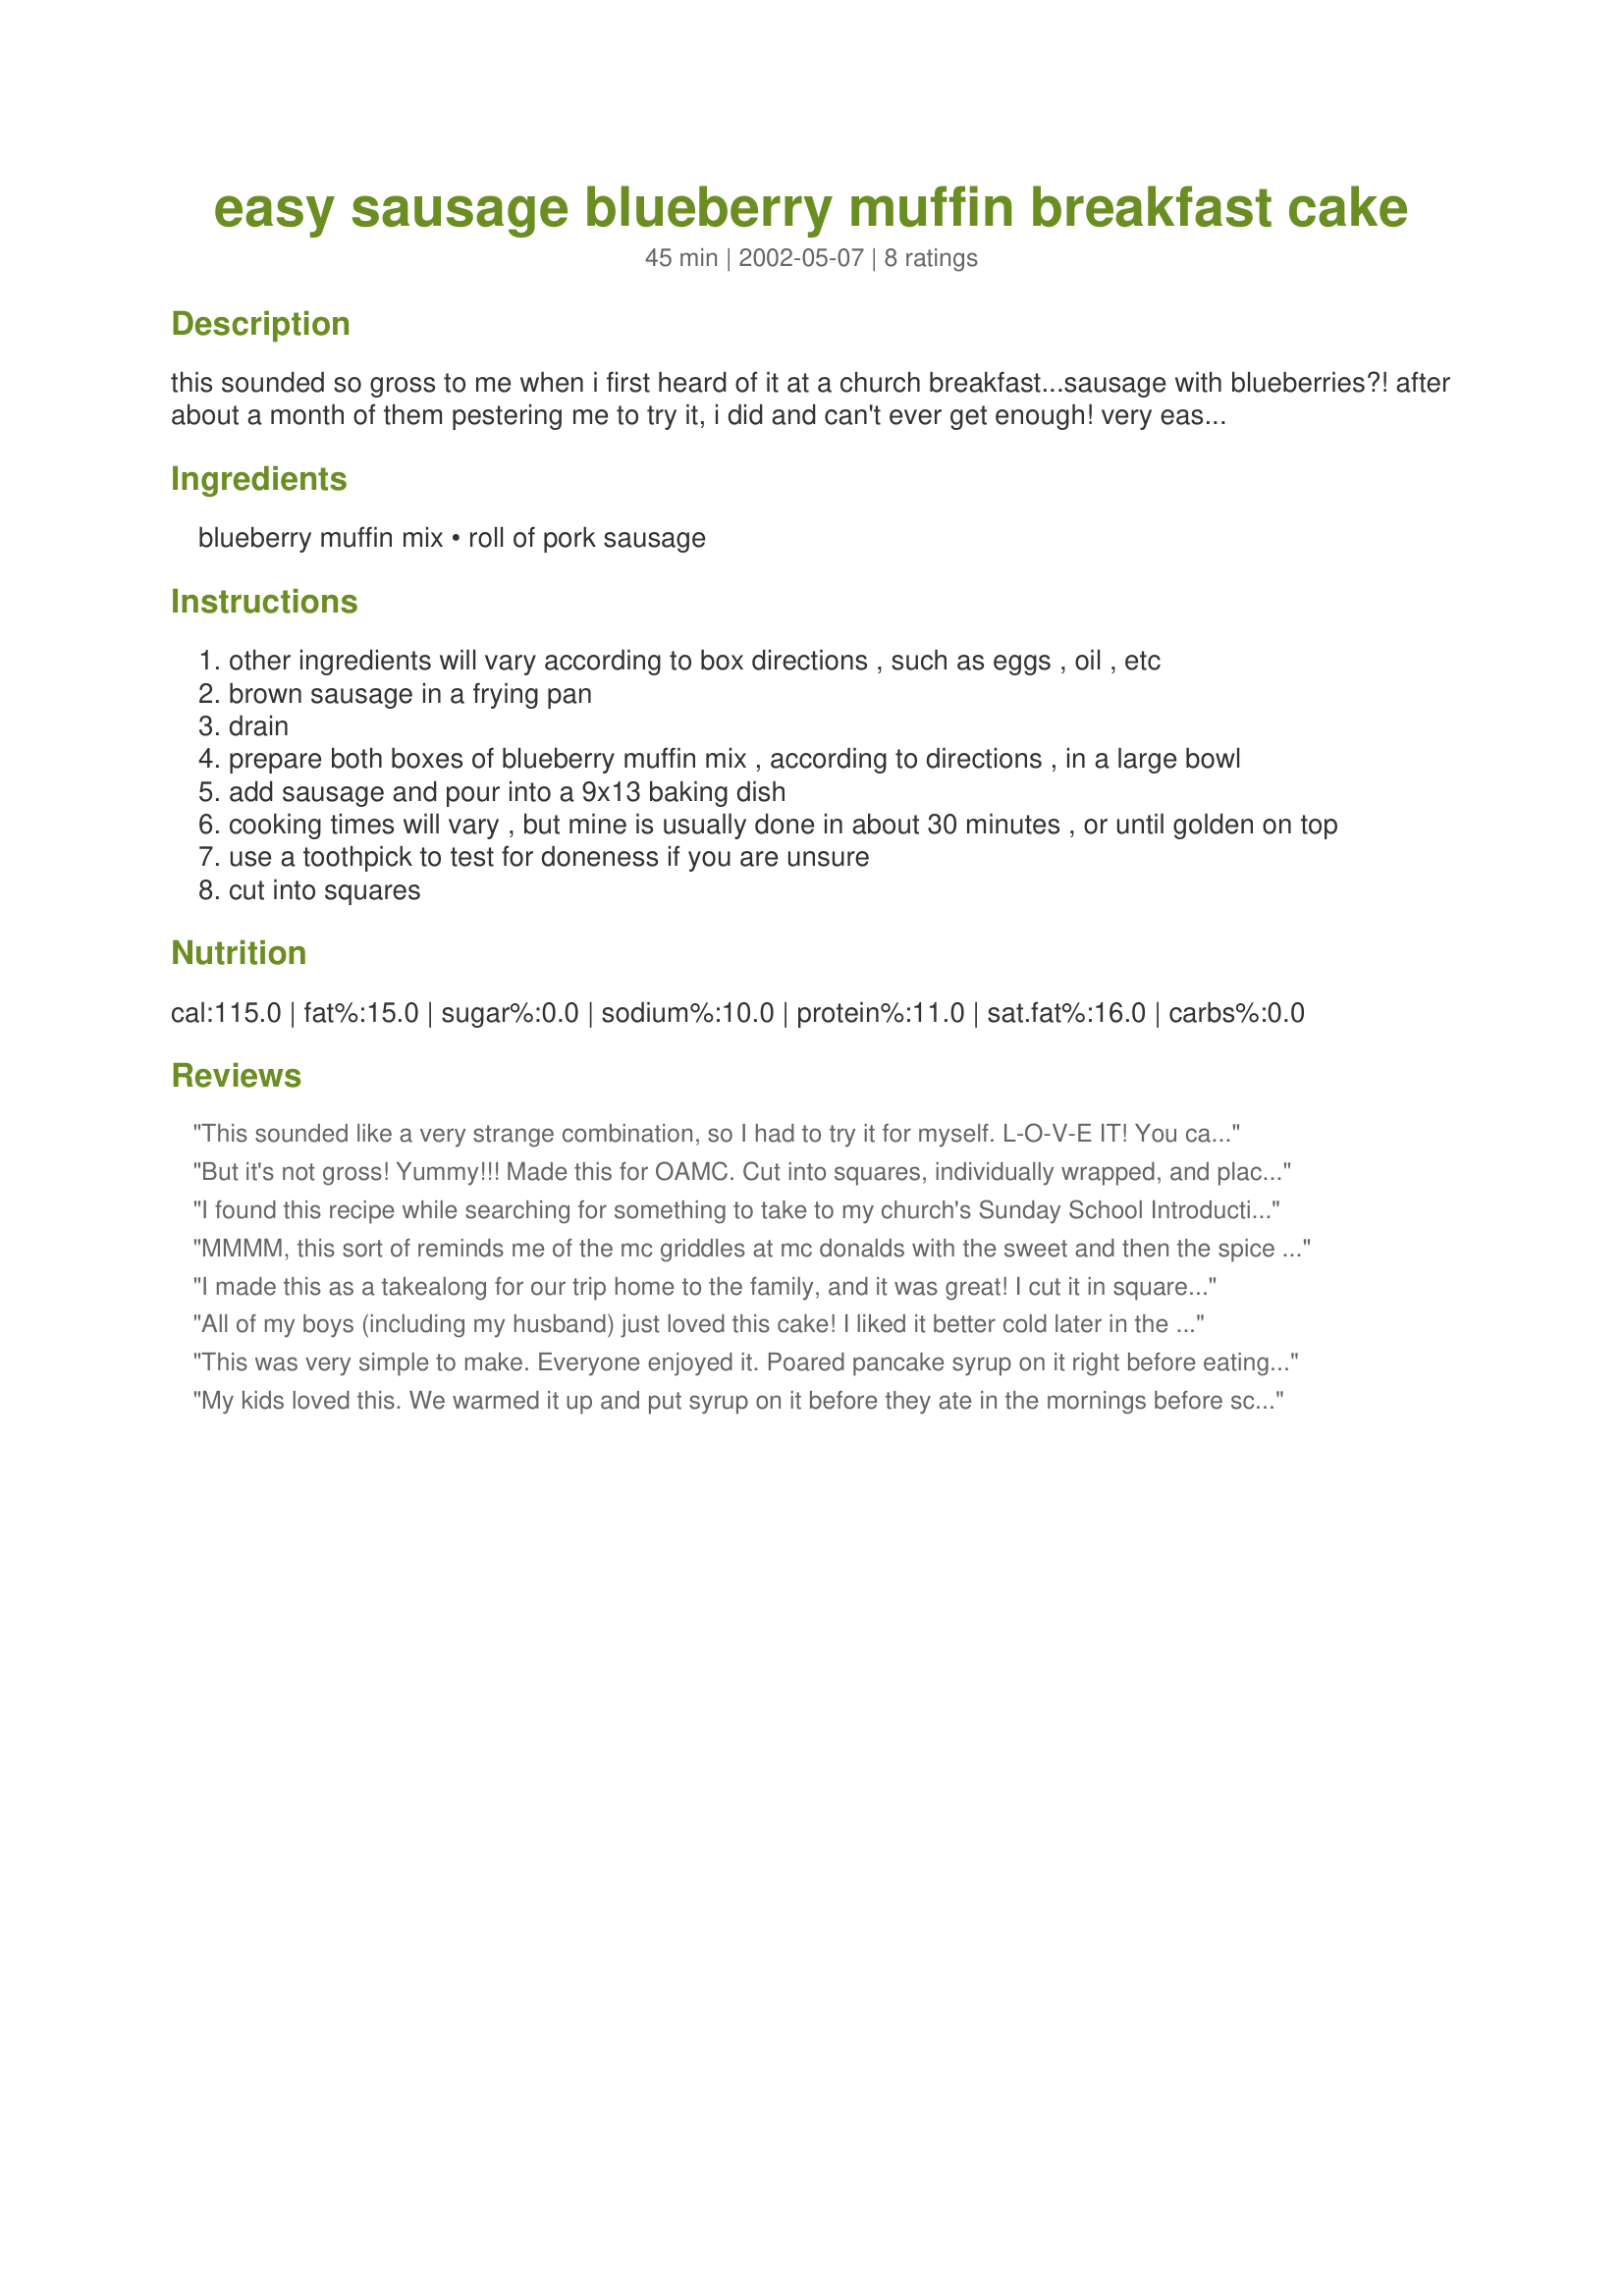
easy sausage blueberry muffin breakfast cake
Preparation time: 45 minutes

this sounded so gross to me when i first heard of it at a church breakfast...sausage with blueberries?! after about a month of them pestering me to try it, i did and can't ever get enough! very easy to make and a big hit with children! cook time includes about 10 minutes to brown sausage.

Ingredients:
blueberry muffin mix, roll of pork sausage

Steps:
other ingredients will vary according to box directions , such as eggs , oil , etc
brown sausage in a frying pan
drain
prepare both boxes of blueberry muffin mix , according to directions , in a large bowl
add sausage and pour into a 9x13 baking dish
cooking times will vary , but mine is usually done in about 30 minutes , or until golden on top
use a toothpick to test for doneness if you are unsure
cut into squares

Reviews:
This sounded like a very strange combination, so I had to try it for myself. L-O-V-E IT! You can also make it into muffins and it tastes great. Sent the recipe to my 3 sisters and they all love it as well.
But it's not gross! Yummy!!! Made this for OAMC. Cut into squares, individually wrapped, and placed in freezer bags. It was so hard not to eat them as we were wrapping them! Totally addictive! Thanks for posting.
I found this recipe while searching for something to take to my church's Sunday School Introduction breakfast... well since there was no time to make it I saved the recipe and we made it for supper tonight with two dippy eggs. This was delicious...and I will definitely be making this again and again... Thanks for sharing!
MMMM, this sort of reminds me of the mc griddles at mc donalds with the sweet and then the spice of the sausage. the kids LOVE them.
I made this as a takealong for our trip home to the family, and it was great! I cut it in squares and put in ziplocs in the cooler, and everyone really liked it.
All of my boys (including my husband) just loved this cake! I liked it better cold later in the day, but the boys ate it for breakfast and again for dinner! My husband liked it right out of the toaster oven with melted butter. Thanks for posting :o)
This was very simple to make.
Everyone enjoyed it.
Poared pancake syrup on it
right before eating it.
My kids loved this. We warmed it up and put syrup on it before they ate in the mornings before school. Very yummy!
